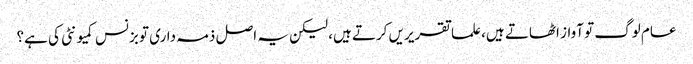
عام لوگ تو آواز اٹھاتے ہیں، علما تقریریں کرتے ہیں، لیکن یہ اصل ذمہ داری تو بزنس کمیونٹی کی ہے؟